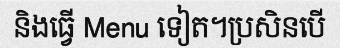
និងធ្វើ Menu ទៀត។ប្រសិនបើ